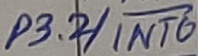
Text: P3.2/INT0